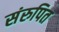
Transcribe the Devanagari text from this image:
संरुपित